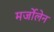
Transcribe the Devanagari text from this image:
मर्जोलेन